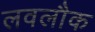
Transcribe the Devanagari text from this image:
लवलौक